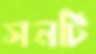
সনটি